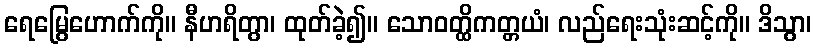
ရေမြွေဟောက်ကို။ နီဟရိတွာ၊ ထုတ်ခဲ့၍။ သောဝတ္ထိကတ္တယံ၊ လည်ရေးသုံးဆင့်ကို။ ဒိသွာ၊